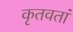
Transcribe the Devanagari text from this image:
कृतवतां